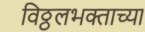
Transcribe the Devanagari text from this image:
विठ्ठलभक्ताच्या